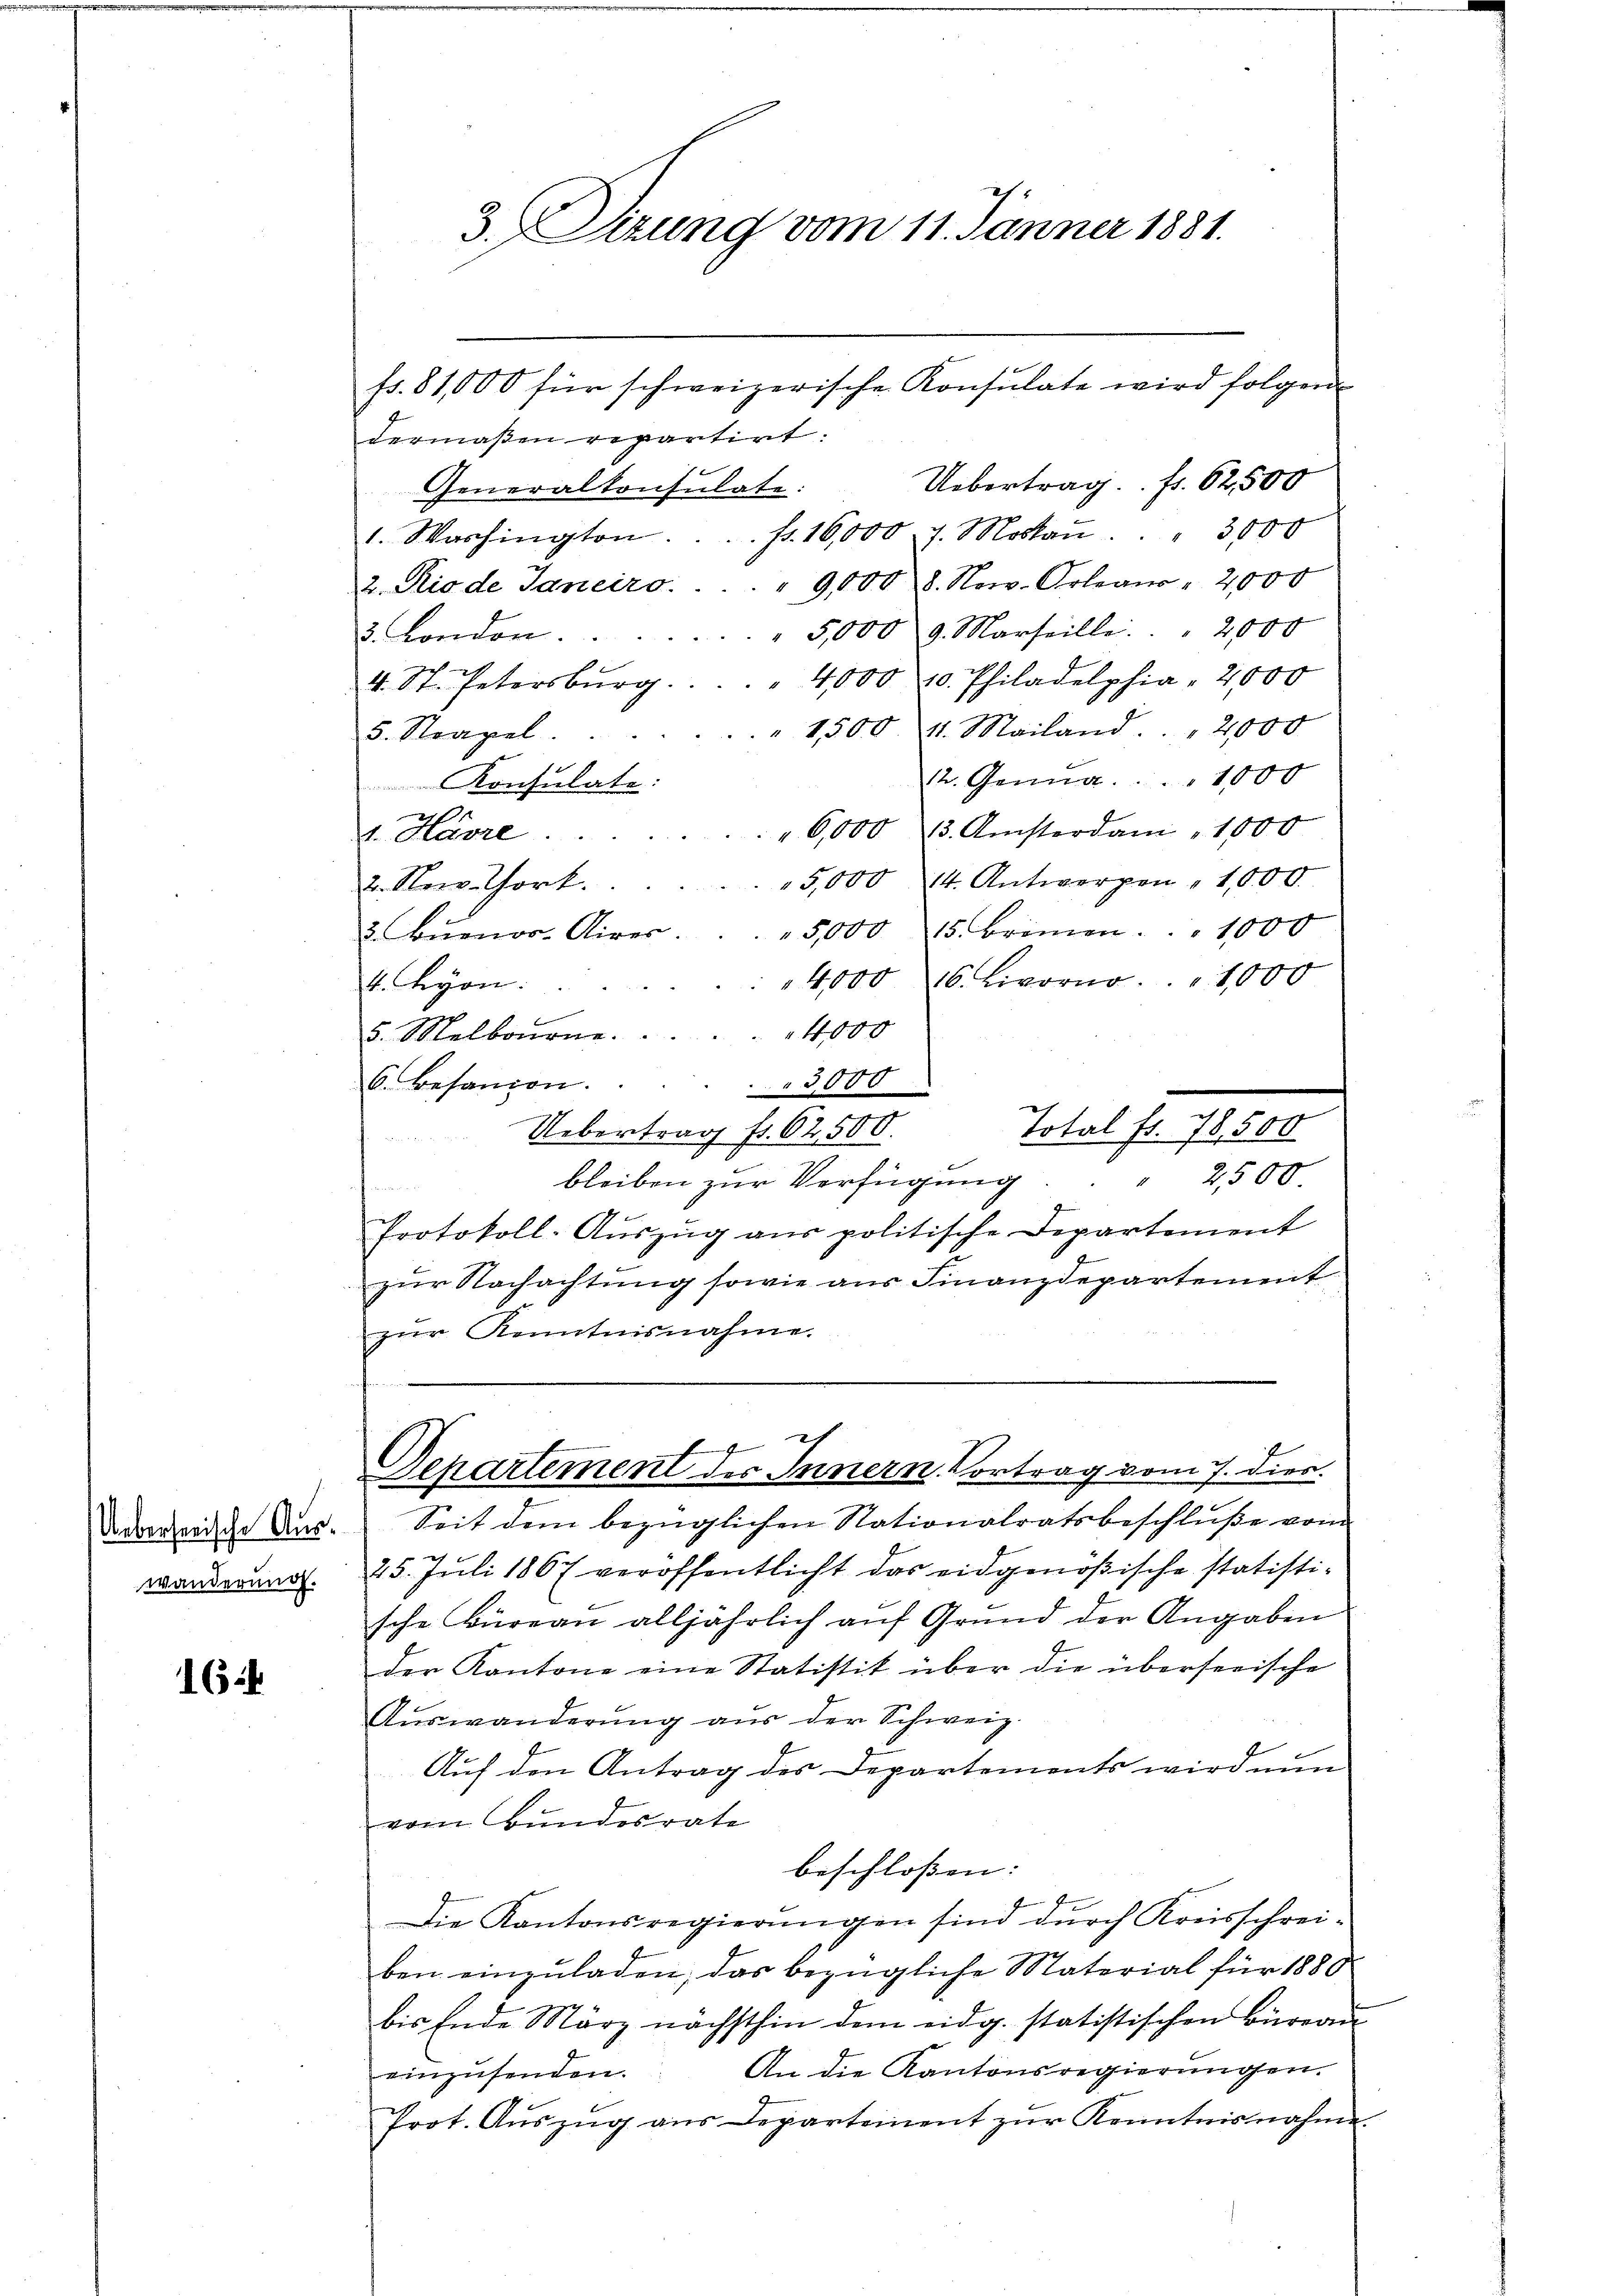
Ueberserische Auswänderung.

164

dermaßen repartirt.
Uebertrag. Fr. 62,500
Generalkonsulate:
1. Washington.... fr. 16,000 7. Moskaṅ. " 3000
2. Rio de Janeiro . . . .  9,000 8. Nov. Orlean " 2000
5,000 9. Marteille. . . 2000
2. London.

4. St. Petersbŭrg . . . . . 4000 10. Philadelphia - 2000
" 1500. 41. Mailand . . . 2000
5. Strapel.
12. Genua 1000
Konsulate:
"6,000 (3. Amsterdam " 1000
v. Havre
5,000 (4. Antwerpen " 1,000.
2. Nov. Chork
5,000 15. Brinen . . 1000
2. Buenos-Airer
4,000 16. Livorno. „ 1,000
4. Leyon.
4000
5. Melbourne.
6. Besanion.
3,000
Uebertrag fr. 62500.
Total fr. 78,500
bleiben zur Verfügung
" 2500
Protokoll-Aŭszŭg aŭs politische Departement
zur Nachachtung sowie aus Finanzdepartement
zur Kenntnisnahme.

3.Sizung vom 11. Jänner 1881.

fs. 81,000 für schweizerische Konsulate wird folgen

Seit dem bezüglichen Stationalratsbeschluße vom
25. Juli 1867 veröffentlicht das eidgenößische statisti-
sche Büreau alljährlich aŭf Grŭnd der Angaben
der Kantone eine Statistik über die überserische
Auswanderung aus der Schweiz.
Auf den Antrag des Departements wird nun
vom Bundesrate
beschlossen:
Die Kantonsregierungen sind durch Kreisschrei-
ben einzuladen, das bezügliche Material für 1880
bis Ende März nächsthin dem eidg. statistischen Büreau
An die Kantonsregierungen.
einzusenden.
Prot. Aŭszŭg ans Departement zŭr Kenntnisnahme.

ch
Departement des Innern. Vortrag vom 7. dies.